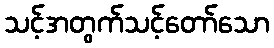
သင့်အတွက်သင့်တော်သော